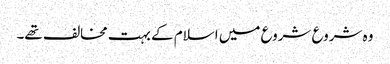
وہ شروع شروع میں اسلام کے بہت مخالف تھے۔